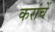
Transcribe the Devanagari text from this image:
करांचें